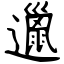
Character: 邋